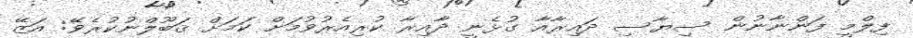
ފިލްމީ ފަންނާނުން ސިޔާސި ދައިރާއާ ގުޅެނީ ދާއިރާ ކުރިއެރުވުމަށް ކަމަށް ޤަބޫލްނުކުރެވޭ: އަޒޭ